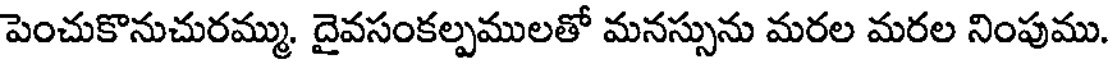
పెంచుకొనుచురమ్ము. దైవసంకల్పములతో మనస్సును మరల మరల నింపుము.